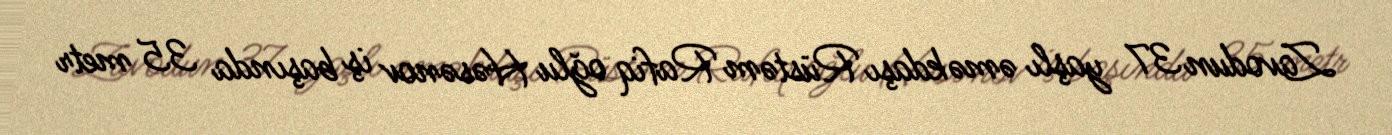
Zavodun 37 yaşlı əməkdaşı Rüstəm Rafiq oğlu Həsənov iş başında 35 metr